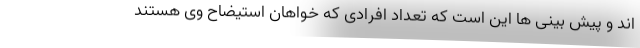
اند و پیش بینی ها این است که تعداد افرادی که خواهان استیضاح وی هستند